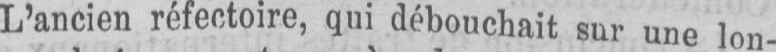
L’ancien réfectoire, qui débouchait sur une lon-